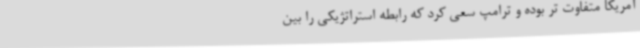
آمریکا متفاوت تر بوده و ترامپ سعی کرد که رابطه استراتژیکی را بین